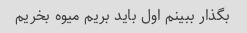
بگذار ببینم اول باید بریم میوه بخریم